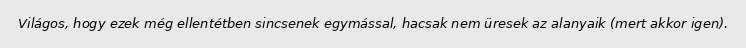
Világos, hogy ezek még ellentétben sincsenek egymással, hacsak nem üresek az alanyaik (mert akkor igen).